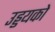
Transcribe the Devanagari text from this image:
उड्डयको